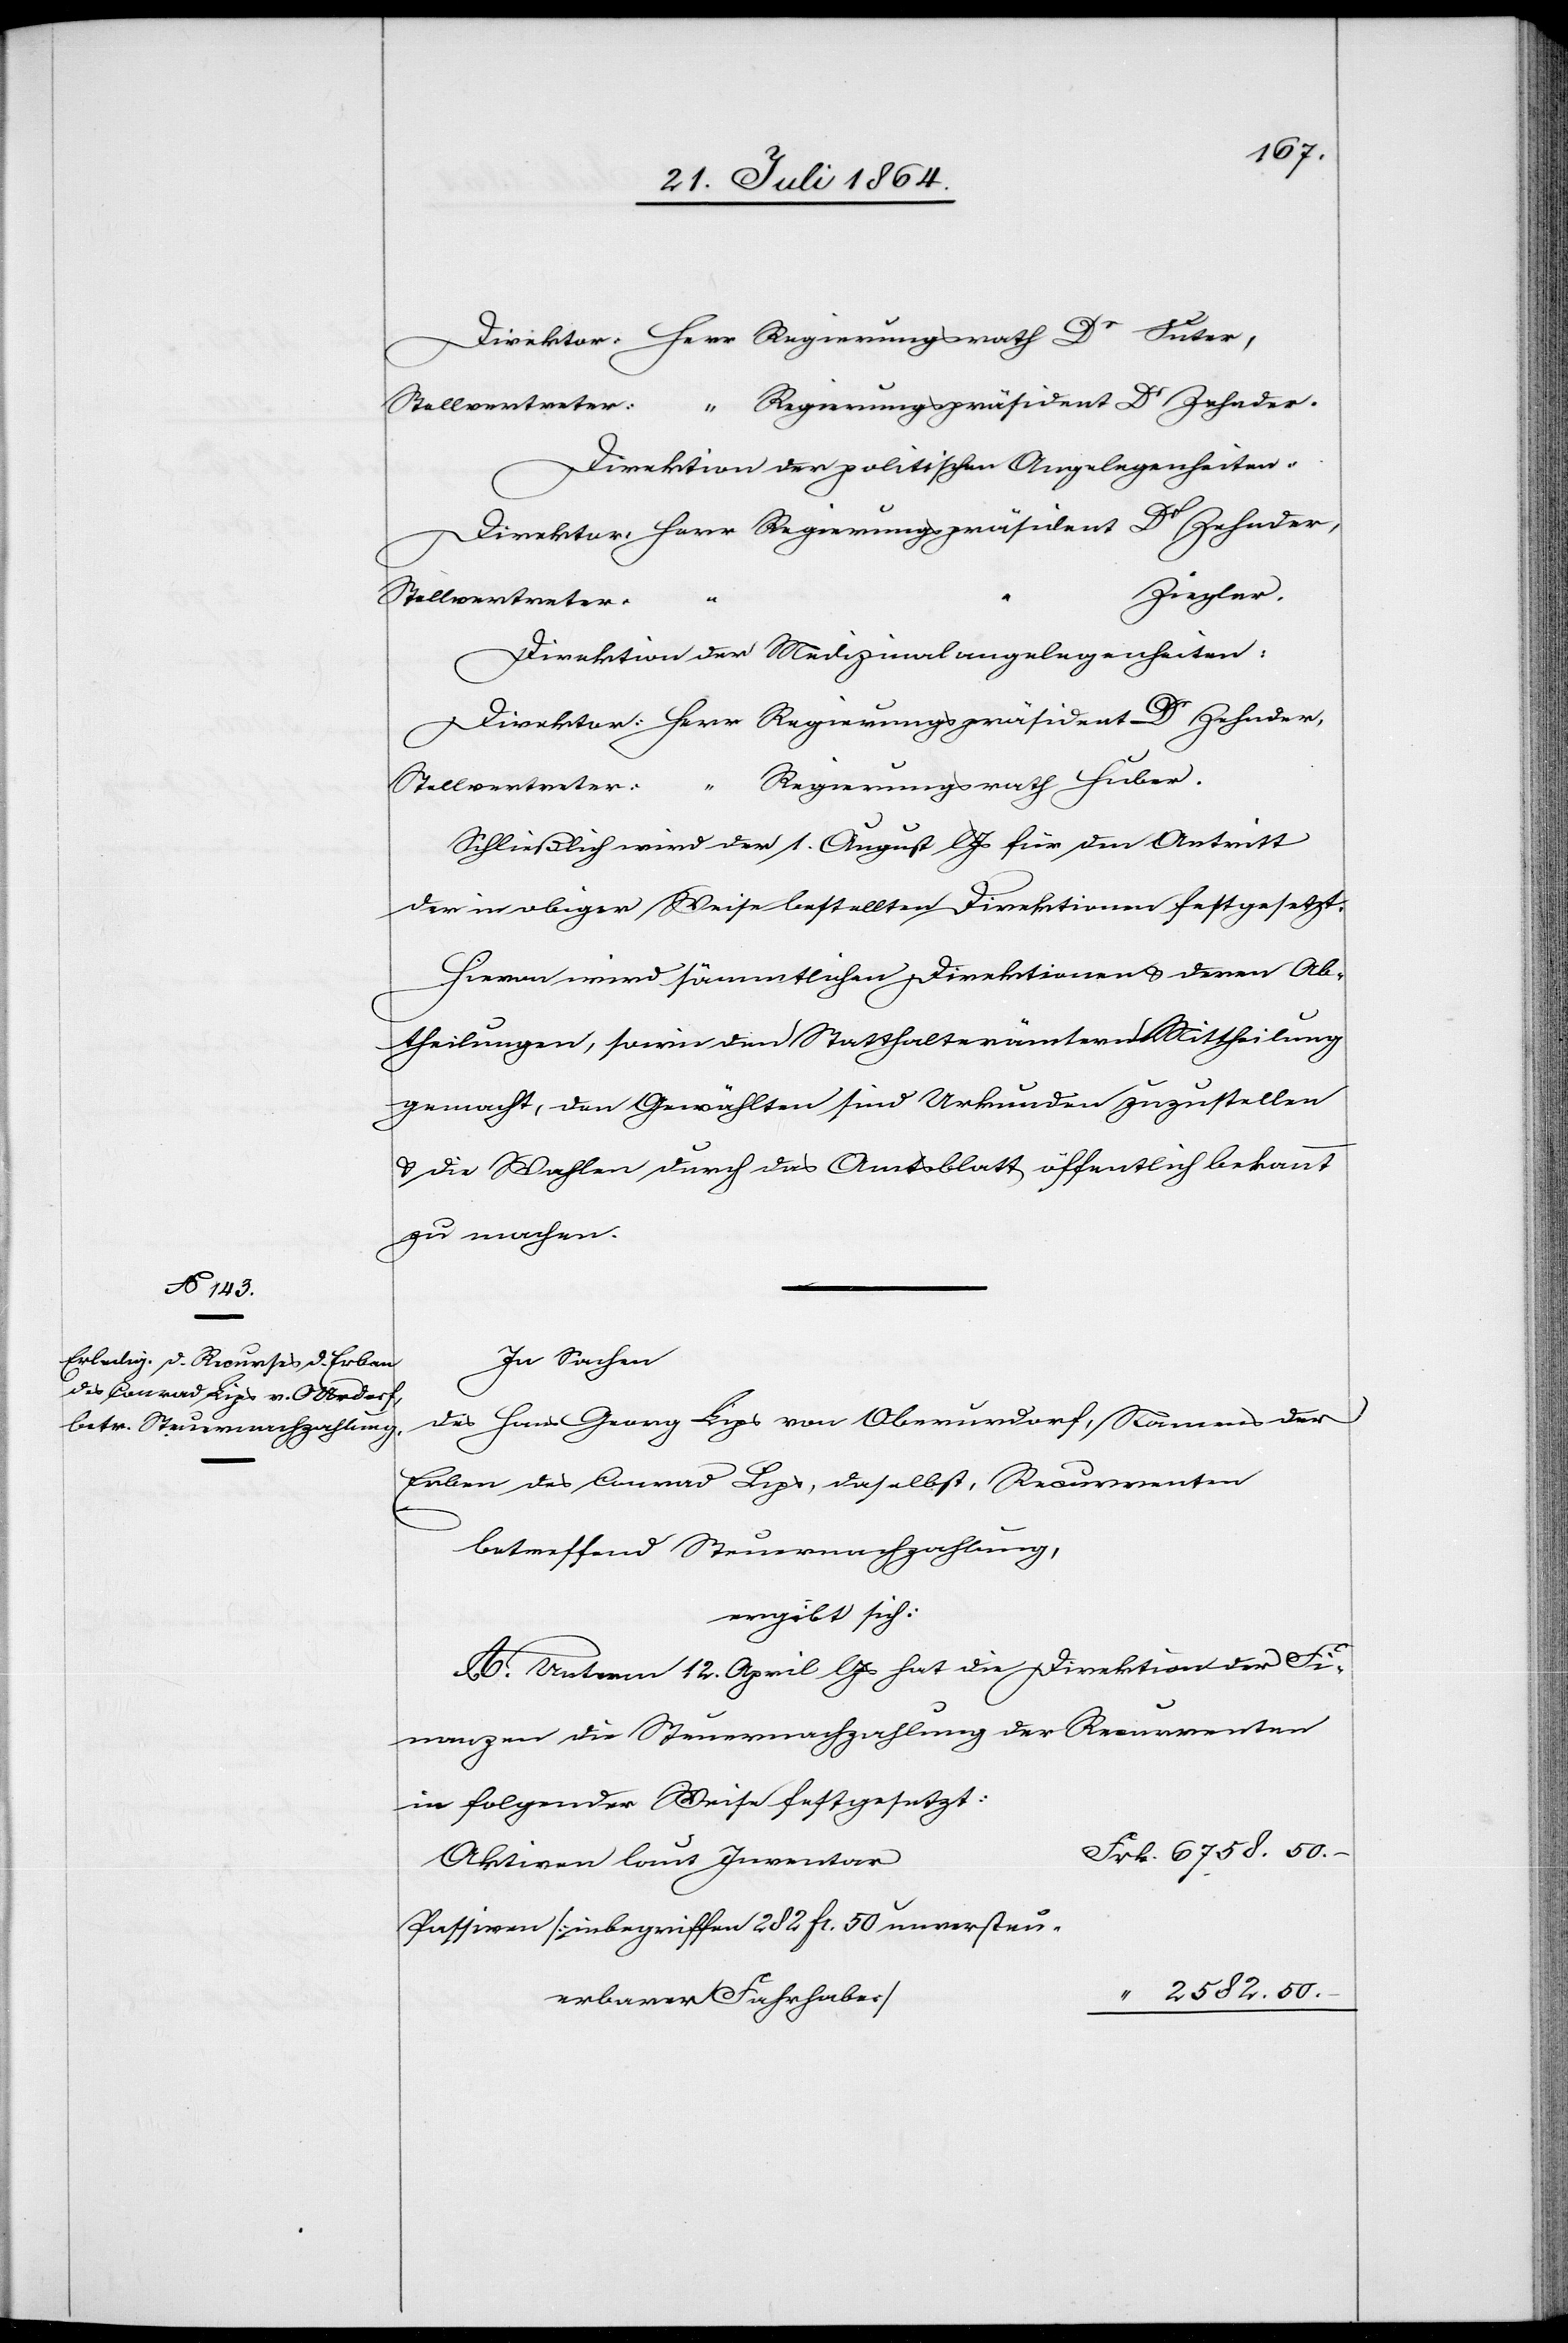
Direktion der politischen Angelegenheiten:
Ziegler.
Stellvertreter:
Direktion der Medizinalangelegenheiten:
Stellvertreter:
Schließlich wird der 1. August l. Js. für den Antritt
der in obiger Weise bestellten Direktionen festgesetzt.
Hievon wird sämmtlichen Direktionen u. deren Ab¬
theilungen, sowie den Statthalterämtern Mittheilung
gemacht, den Gewählten sind Urkunden zuzustellen
u. die Wahlen durch das Amtsblatt öffentlich bekannt
zu machen.
In Sachen
des Hans Georg Lips von Oberurdorf, Namens der
Erben des Conrad Lips, daselbst, Recurrenten
betreffend Steuernachzahlung,
ergibt sich:
A. Unterm 12. April l. Js. hat die Direktion der Fi¬
nanzen die Steuernachzahlung der Recurrenten
in folgender Weise festgesetzt:
Aktiven laut Inventar
Passiven [inbegriffen 282 Fr. 50 unversteu¬
erbarer Fahrhabe